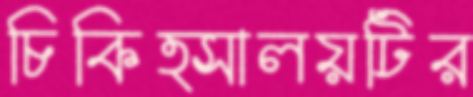
চিকিত্সালয়টির